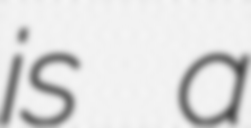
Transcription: is a